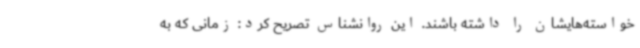
خواسته‌هایشان را داشته باشند. این روانشناس تصریح کرد: زمانی که به